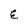
Character: E